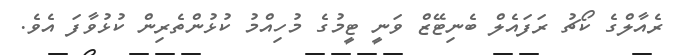
ރެއާލްގެ ކޯޗު ރަފައެލް ބެނިޓޭޒް ވަނީ ޓީމުގެ މުހިއްމު ކުޅުންތެރިން ކުޅުވާފަ އެވެ.